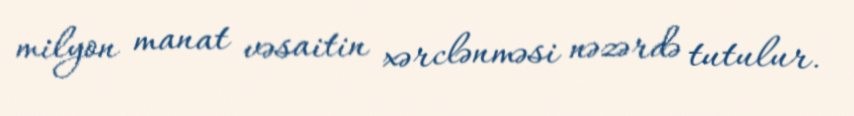
milyon manat vəsaitin xərclənməsi nəzərdə tutulur.